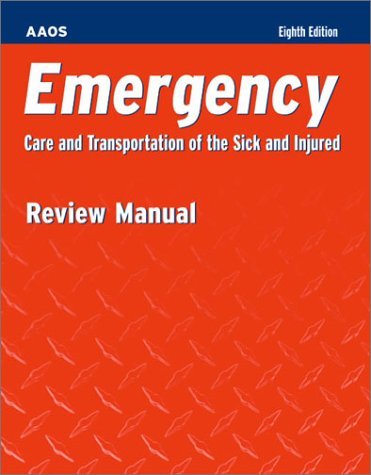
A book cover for Emergency Care and Transportation of the Sick and Injured Review Manual: Student Review Manual (8th Edition); American Academy of Orthopaedic Surgeons; Medical Books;